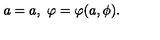
a = a , \ \varphi = \varphi ( a , \phi ) .